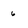
Character: 6